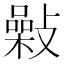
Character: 𢿾